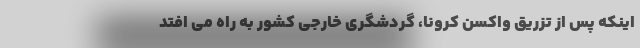
اینکه پس از تزریق واکسن کرونا، گردشگری خارجی کشور به راه‌ می افتد